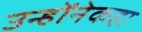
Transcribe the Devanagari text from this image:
उन्होंनेकहा